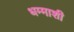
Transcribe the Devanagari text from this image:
धम्माशी